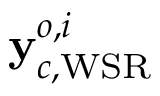
{ \bf y } _ { c , \mathrm { W S R } } ^ { o , i }